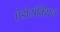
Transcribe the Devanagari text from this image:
ऐंडोटॉक्सिन